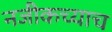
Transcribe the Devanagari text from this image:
नजीकच्याच